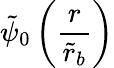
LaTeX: \tilde{\psi}_{0}\left(\frac{r}{\tilde{r}_{b}}\right)